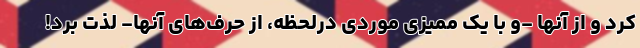
کرد و از آنها -و با یک ممیزی موردی درلحظه، از حرف‌های آنها- لذت برد!